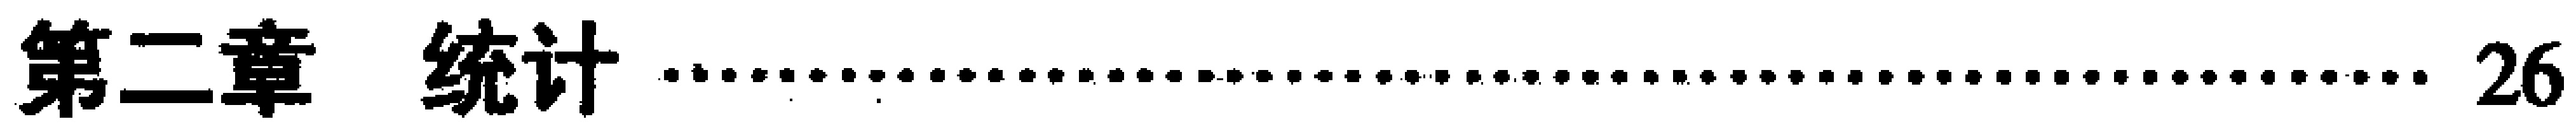
\chapter{统计} \hfill 26